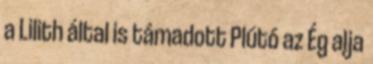
a Lilith által is támadott Plútó az Ég alja